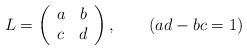
LaTeX: \begin{align*}L = \left(\begin{array}{cc}a & b \\c & d\end{array}\right),~~~~~~(ad-bc = 1)\end{align*}